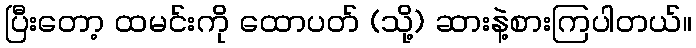
ပြီးတော့ ထမင်းကို ထောပတ် (သို့) ဆားနဲ့စားကြပါတယ်။